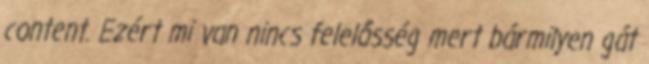
content. Ezért mi van nincs felelősség mert bármilyen gát